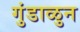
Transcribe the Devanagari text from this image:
गुंडाळुन